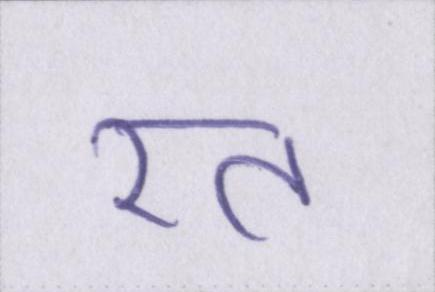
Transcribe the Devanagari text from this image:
रत